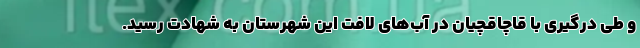
و طی درگیری با قاچاقچیان در آب‌های لافت این شهرستان به شهادت رسید.